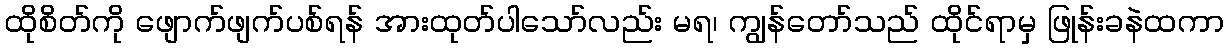
ထိုစိတ်ကို ဖျောက်ဖျက်ပစ်ရန် အားထုတ်ပါသော်လည်း မရ၊ ကျွန်တော်သည် ထိုင်ရာမှ ဖြုန်းခနဲထကာ